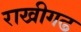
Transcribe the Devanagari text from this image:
राखीगढ